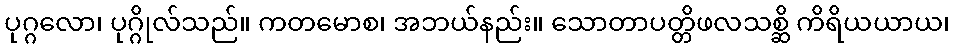
ပုဂ္ဂလော၊ ပုဂ္ဂိုလ်သည်။ ကတမောစ၊ အဘယ်နည်း။ သောတာပတ္တိဖလသစ္ဆိ ကိရိယယာယ၊